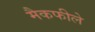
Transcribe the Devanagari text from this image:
मैकफीले